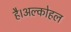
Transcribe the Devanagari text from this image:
है।अल्कोहल